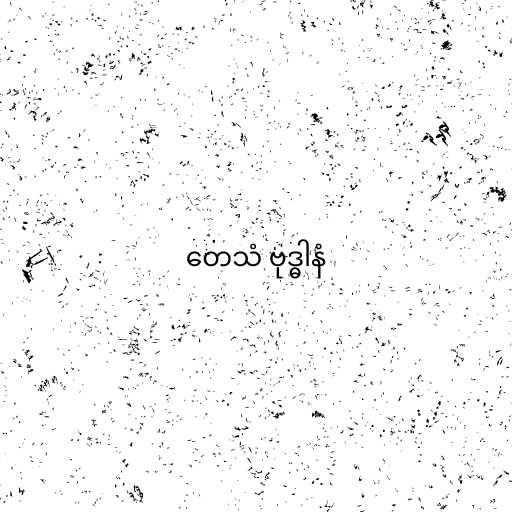
တေသံ ဗုဒ္ဓါနံ